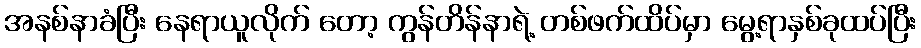
အနစ်နာခံပြီး နေရာယူလိုက် တော့ ကွန်တိန်နာရဲ့ တစ်ဖက်ထိပ်မှာ မွေ့ရာနှစ်ခုထပ်ပြီး